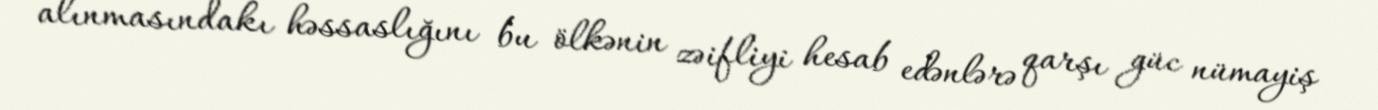
alınmasındakı həssaslığını bu ölkənin zəifliyi hesab edənlərə qarşı güc nümayiş